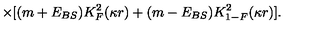
\times [ ( m + E _ { { B S } } ) K _ { F } ^ { 2 } ( \kappa r ) + ( m - E _ { { B S } } ) K _ { 1 - F } ^ { 2 } ( \kappa r ) ] .